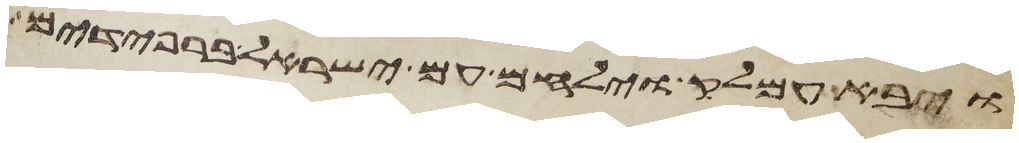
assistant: ויבא עמלק וילחם עם ישראל ברפידים